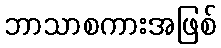
ဘာသာစကားအဖြစ်